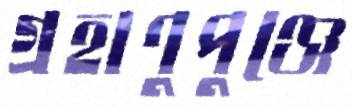
গ্রহাণুপুঞ্জে